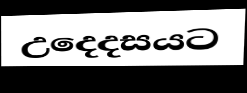
උදෙදසයට